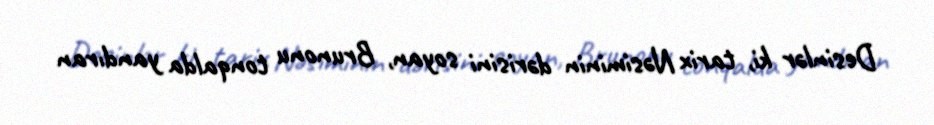
Desinlər ki, tarix Nəsiminin dərisini soyan, Brunonu tonqalda yandıran